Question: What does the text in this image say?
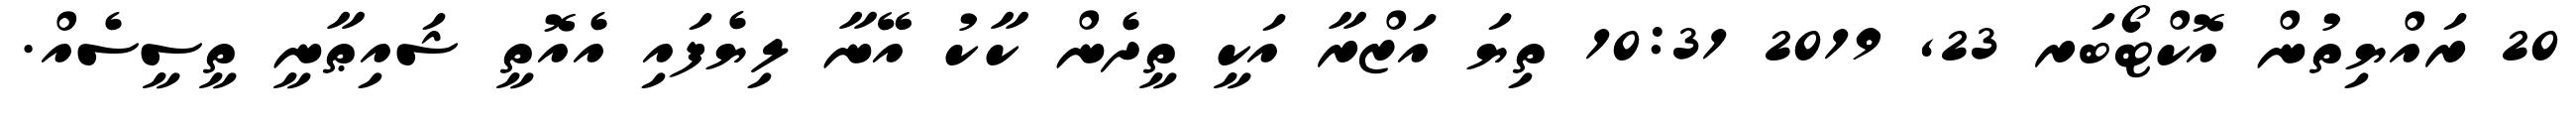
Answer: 20 ރައްޔިތުން އޮކްޓޯބަރ 23, 2019 10:31 ތިޔަ އަޒްރާ އަކީ ތީދެން ކާކު އޭނާ ލިޔެފައި އެއޮތީ ޝައިޠާނީ ތީސީސެއް.